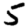
Digit: 5